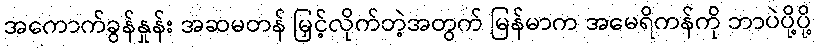
အကောက်ခွန်နှုန်း အဆမတန် မြှင့်လိုက်တဲ့အတွက် မြန်မာက အမေရိကန်ကို ဘာပဲပို့ပို့